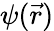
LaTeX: \psi({\vec{r}})